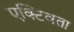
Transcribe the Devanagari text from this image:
एक्टिवता